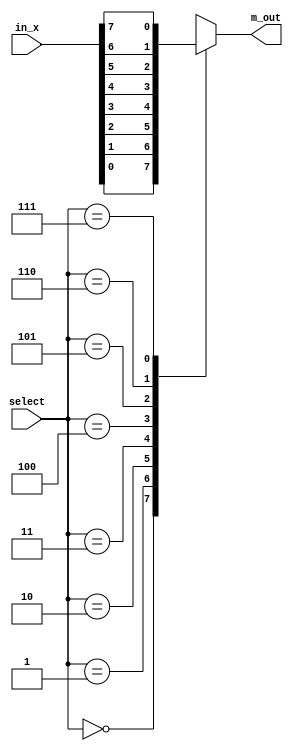
module mux_8_1 (
	output reg 	m_out, 
	input [7:0]	in_x, 
	input [2:0] select); 

 	always@(in_x[0], in_x[1] ,in_x[2], in_x[3], in_x[4], in_x[5], in_x[6], in_x[7], select) 
		case(select) 
			3'b000: m_out=in_x[0];  
			3'b001: m_out=in_x[1]; 
			3'b010: m_out=in_x[2]; 
			3'b011: m_out=in_x[3]; 
			3'b100: m_out=in_x[4]; 
			3'b101: m_out=in_x[5]; 
			3'b110: m_out=in_x[6]; 
			3'b111: m_out=in_x[7];
		endcase 
endmodule 
 
module drill5_2();  	
	reg [7:0] x;
	reg [2:0] select; 
 	wire m_out; 
 	 
 	mux_8_1 MUX1(m_out, x, select);  
	
 	initial begin 
				select=2'b00; x=8'h4F;
				$strobe("Select Input Output"); 
				$monitorb(select,"    ", x, "   ", m_out); 

 	 	#1 		select=3'b000; 
 	 	#1 		select=3'b001; 
 	 	#1 		select=3'b010; 
 	 	#1 		select=3'b011; 
 	 	#1 		select=3'b100; 
 	 	#1 		select=3'b101; 
 	 	#1 		select=3'b110; 
 	 	#1 		select=3'b111; 

	 	#1 		$display("Changing value of input"); 

 	 	#1 		x=8'h98; 
 	 	#1 		select=3'b000; 
 	 	#1 		select=3'b001; 
 	 	#1 		select=3'b010; 
 	 	#1 		select=3'b011; 
 	 	#1 		select=3'b100; 
 	 	#1 		select=3'b101; 
 	 	#1 		select=3'b110; 
 	 	#1 		select=3'b111;  	 
 	 	#100 	$finish;  	
	end 
endmodule